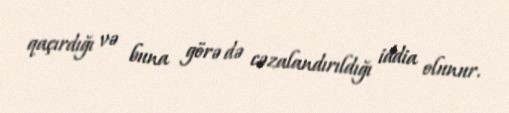
qaçırdığı və buna görə də cəzalandırıldığı iddia olunur.